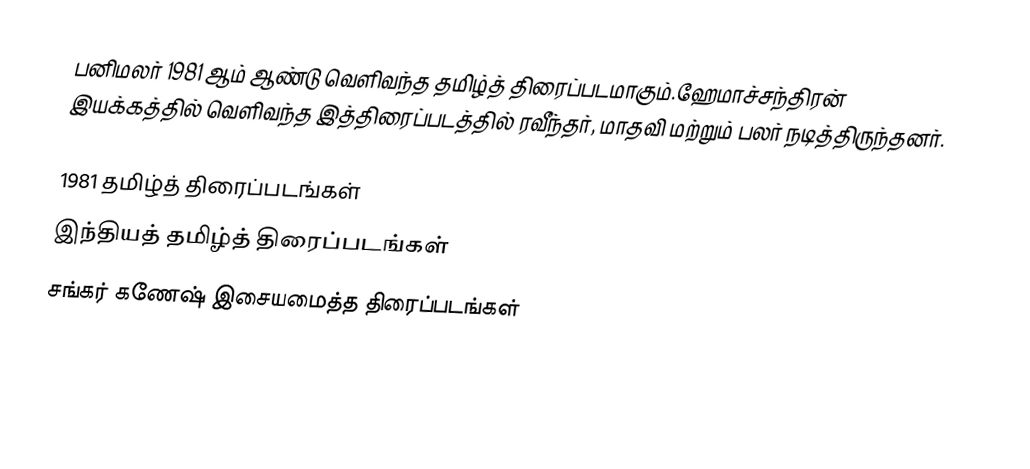
பனிமலர் 1981 ஆம் ஆண்டு வெளிவந்த தமிழ்த் திரைப்படமாகும்.ஹேமாச்சந்திரன் இயக்கத்தில் வெளிவந்த இத்திரைப்படத்தில் ரவீந்தர், மாதவி மற்றும் பலர் நடித்திருந்தனர்.

1981 தமிழ்த் திரைப்படங்கள்
இந்தியத் தமிழ்த் திரைப்படங்கள்
சங்கர் கணேஷ் இசையமைத்த திரைப்படங்கள்